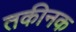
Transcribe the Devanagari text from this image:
तकीनक